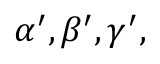
\alpha ^ { \prime } , \beta ^ { \prime } , \gamma ^ { \prime } ,